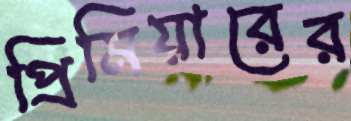
প্রিমিয়ারের